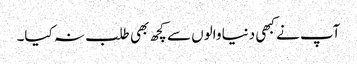
آپ نے کبھی دنیا والوں سے کچھ بھی طلب نہ کیا۔